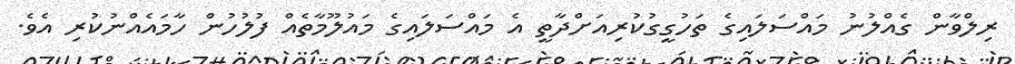
ރިިލްވާން ގެއްލުނު މައްސަލައިގެ ތަހުގީގުކުރިއަށްދާތީ އެ މައްސަލައިގެ މައުލޫމާތެއް ފުލުހުން ހާމައެއްނުކުރި އެެވެ.